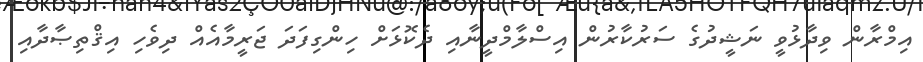
އިމްރާން ވިދާޅުވީ ނަޝީދުގެ ސަރުކާރުން އިސްލާމްދީނާއި ދެކޮޅަށް ހިންގިފަދަ ޖަރީމާއެއް ދިވެހި އިޤްތިޞާދާއި